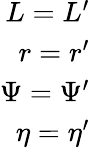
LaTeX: \begin{array}{r}{L=L^{\prime}}\\ {r=r^{\prime}}\\ {\Psi=\Psi^{\prime}}\\ {\eta=\eta^{\prime}}\end{array}